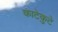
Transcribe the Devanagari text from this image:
काटेकुटे